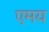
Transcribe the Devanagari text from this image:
एमय